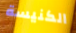
الكنيسة